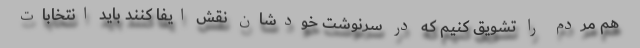
هم مردم را تشویق کنیم که در سرنوشت خودشان نقش ایفا کنند باید انتخابات